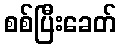
စစ်ပြီးခေတ်